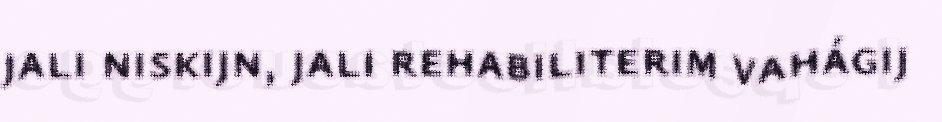
jali niskijn, jali rehabiliterim vahágij